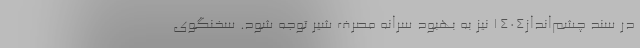
در سند چشم‌انداز1404 نیز به بهبود سرانه مصرف شیر توجه شود. سخنگوی